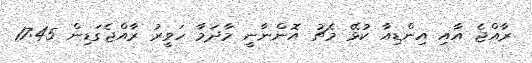
ރާއްޖެ އާއި އިންޑިއާ ކުޅޭ މެޗު އޮންނާނީ މާދަމާ ހަވީރު ރާއްޖެގަޑިން 17:45